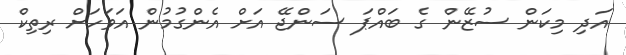
އަދި މިކަން ސުޒޭން ގެ ބައްޕަ ސަންޖޭ އަށް އެންގުމުން އަވަހަށް ރިތިކް